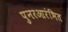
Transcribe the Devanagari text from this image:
पुनरआरंभित